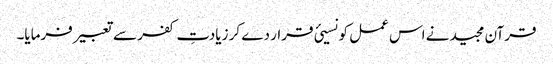
قرآن مجید نے اس عمل کو نسیئ قرار دے کر زیادتِ کفر سے تعبیر فرمایا۔